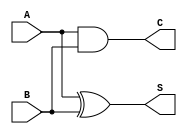
`timescale 1ns / 1ps
//////////////////////////////////////////////////////////////////////////////////
// Company: IIIT GWALIOR
// 
// Design Name: 
// Module Name: HalfAdder
// Project Name: 
// Target Devices: 
// Tool Versions: 
// Description: 
// 
// Dependencies: 
// 
// Revision:
// Revision 0.01 - File Created
// Additional Comments:
// 
//////////////////////////////////////////////////////////////////////////////////


module HalfAdder(A, B, S,C);
input A, B;
output S, C;
xor (S,A,B);
and (C,A,B);
endmodule